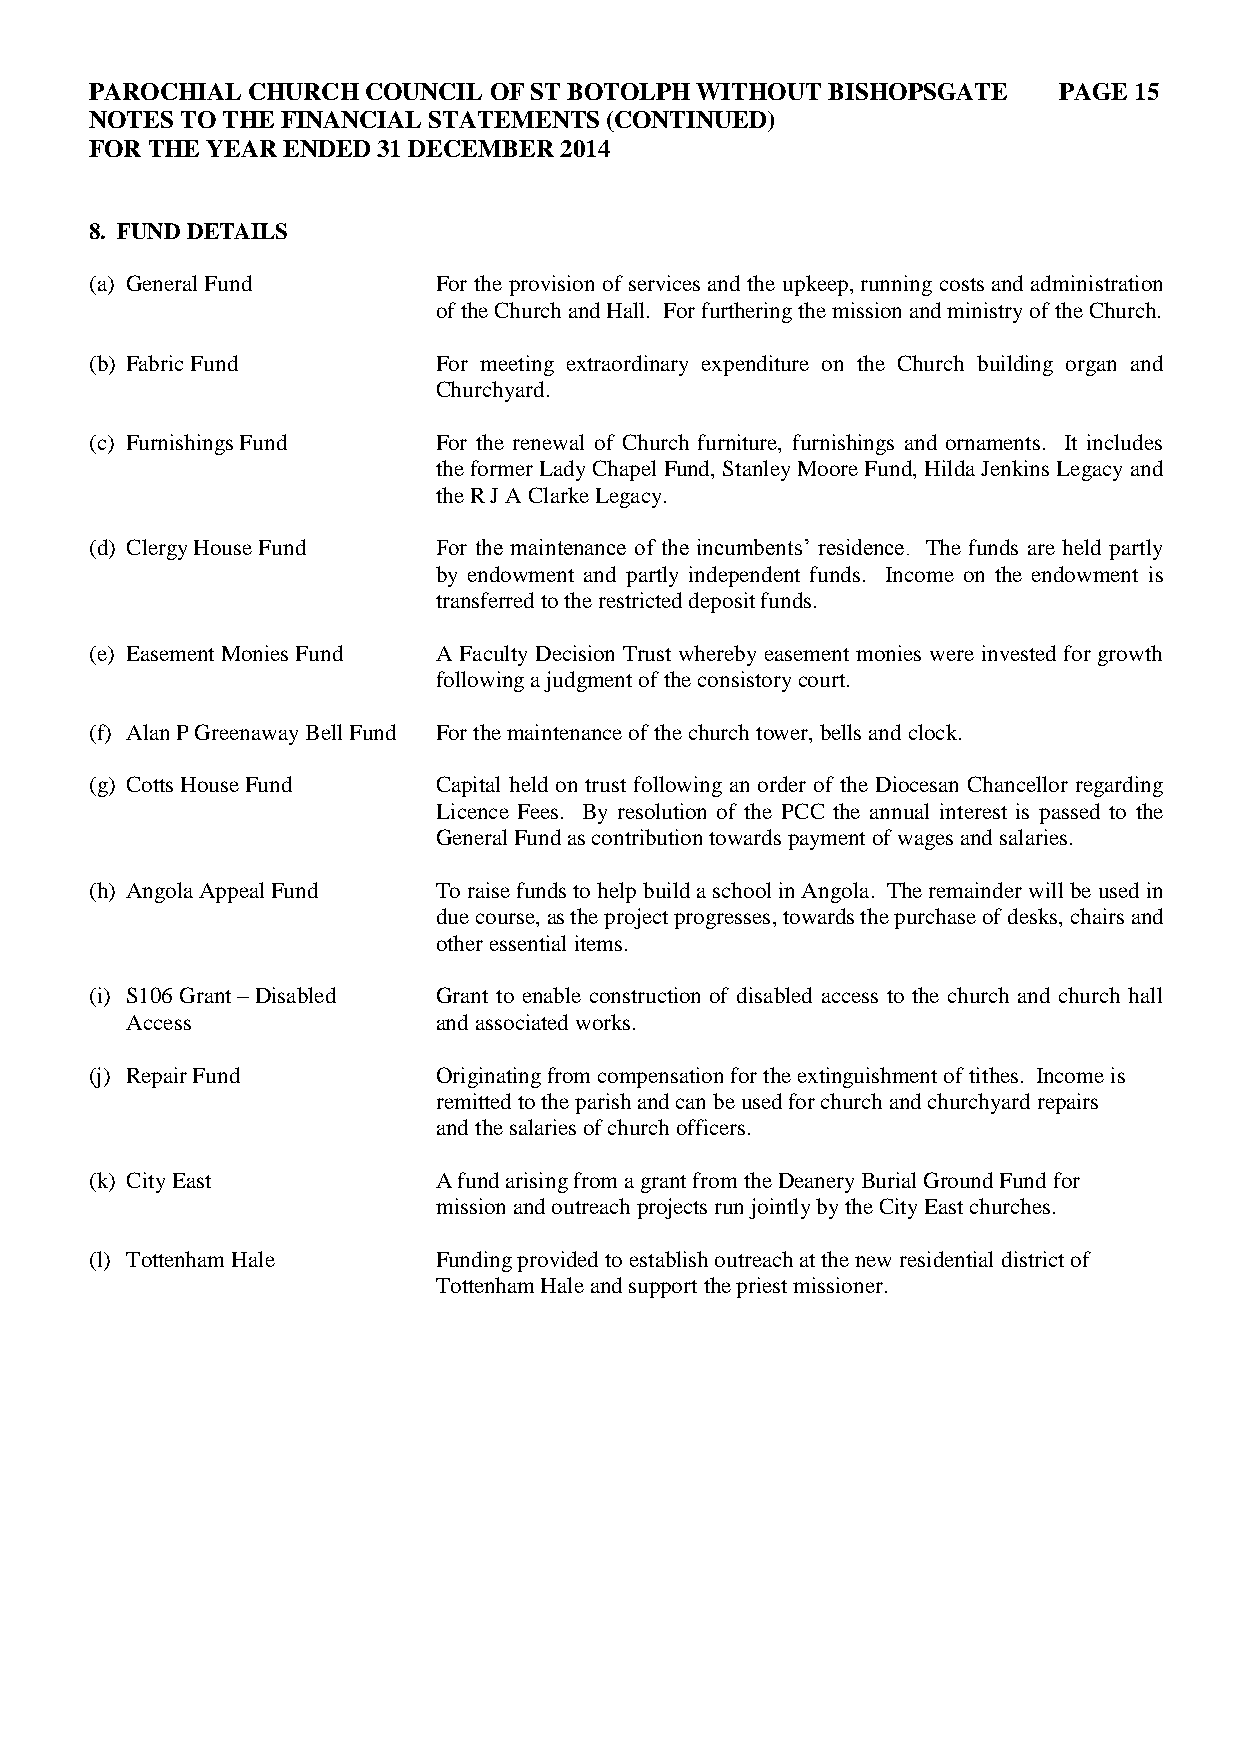
PAROCHIAL CHURCH  COUNCIL OF ST BOTOLPH WITHOUT  BISHOPSGATE    PAGE 15
 NOTES TO THE FINANCIAL STATEMENTS (CONTINUED)
 FOR THE YEAR ENDED 31 DECEMBER 2014
 8. FUND DETAILS
 (a) General Fund       For the provision of services and the upkeep, running costs and administration
 of the Church and Hall. For furthering the mission and ministry of the Church.
 (b) Fabric Fund        For meeting extraordinary expenditure on the Church building organ and
 Churchyard.
 (c) Furnishings Fund   For the renewal of Church furniture, furnishings and ornaments. It includes
 the former Lady Chapel Fund, Stanley Moore Fund, Hilda Jenkins Legacy and
 the R J A Clarke Legacy.
 (d) Clergy House Fund  For the maintenance of the incumbents’ residence. The funds are held partly
 by endowment and partly independent funds. Income on the endowment is
 transferred to the restricted deposit funds.
 (e) Easement Monies Fund A Faculty Decision Trust whereby easement monies were invested for growth
 following a judgment of the consistory court.
 (f) Alan P Greenaway Bell Fund For the maintenance of the church tower, bells and clock.
 (g) Cotts House Fund   Capital held on trust following an order of the Diocesan Chancellor regarding
 Licence Fees. By resolution of the PCC the annual interest is passed to the
 General Fund as contribution towards payment of wages and salaries.
 (h) Angola Appeal Fund To raise funds to help build a school in Angola. The remainder will be used in
 due course, as the project progresses, towards the purchase of desks, chairs and
 other essential items.
 (i) S106 Grant – Disabled Grant to enable construction of disabled access to the church and church hall
 Access               and associated works.
 (j) Repair Fund        Originating from compensation for the extinguishment of tithes. Income is
 remitted to the parish and can be used for church and churchyard repairs
 and the salaries of church officers.
 (k) City East          A fund arising from a grant from the Deanery Burial Ground Fund for
 mission and outreach projects run jointly by the City East churches.
 (l) Tottenham Hale     Funding provided to establish outreach at the new residential district of
 Tottenham Hale and support the priest missioner.